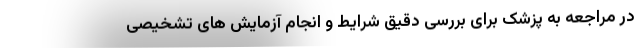
در مراجعه به پزشک برای بررسی دقیق شرایط و انجام آزمایش های تشخیصی